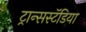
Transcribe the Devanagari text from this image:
ट्रान्सस्टॅडिया